Language: tamil
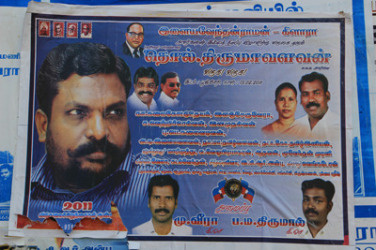
Transcription: பரா மணி